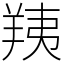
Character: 羠